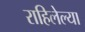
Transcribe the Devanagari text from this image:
राहिलेल्‍या